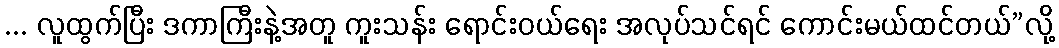
... လူထွက်ပြီး ဒကာကြီးနဲ့အတူ ကူးသန်း ရောင်းဝယ်ရေး အလုပ်သင်ရင် ကောင်းမယ်ထင်တယ်”လို့